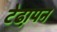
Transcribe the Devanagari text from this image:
टेढा़पन